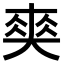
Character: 𠁊